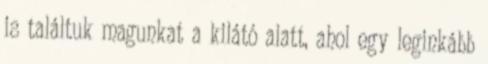
is találtuk magunkat a kilátó alatt, ahol egy leginkább